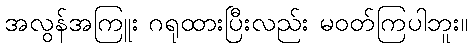
အလွန်အကြူး ဂရုထားပြီးလည်း မဝတ်ကြပါဘူး။